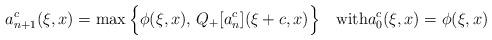
LaTeX: \begin{align*}a_{n+1}^c(\xi,x)=\max\Big\{\phi(\xi,x), \,Q_+[a_n^c](\xi+c,x) \Big\} \quad\hbox{with} a_{0}^c(\xi,x)=\phi(\xi,x)\end{align*}